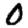
Digit: 0